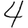
Digit: 4